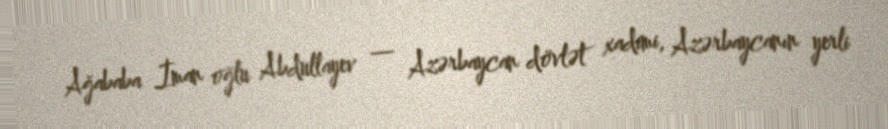
Ağababa İman oğlu Abdullayev — Azərbaycan dövlət xadimi, Azərbaycanın yerli